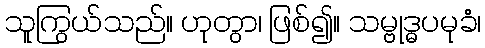
သူကြွယ်သည်။ ဟုတွာ၊ ဖြစ်၍။ သမ္ဗုဒ္ဓပမုခံ၊